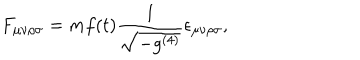
F _ { \mu \nu \rho \sigma } = m f ( t ) \frac { 1 } { \sqrt { - g ^ { ( 4 ) } } } \epsilon _ { \mu \nu \rho \sigma } ,